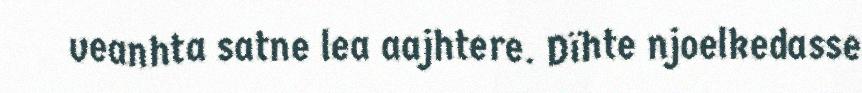
veanhta satne lea aajhtere. Dïhte njoelkedasse